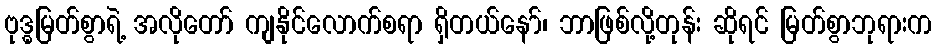
ဗုဒ္ဓမြတ်စွာရဲ့ အလိုတော် ကျနိုင်လောက်စရာ ရှိတယ်နော်၊ ဘာဖြစ်လို့တုန်း ဆိုရင် မြတ်စွာဘုရားက